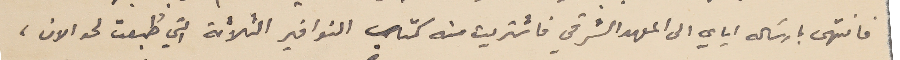
فانتهى بارسَاله اياي الى المعهد الشرقي فاشتريت منه كتاب النوافير الثلاثة التي طُبعت لحد الان،